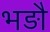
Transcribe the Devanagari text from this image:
भड़ौ